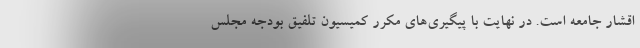
اقشار جامعه است. در نهایت با پیگیری‌های مکرر کمیسیون تلفیق بودجه مجلس